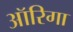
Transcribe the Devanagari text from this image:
ऑरिगा